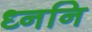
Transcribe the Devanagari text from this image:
ध्ननि